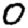
Digit: 0